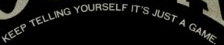
KEEP TELLING YOURSELF IT'S JUST A GAME.